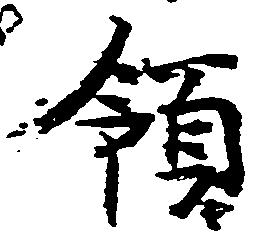
領